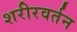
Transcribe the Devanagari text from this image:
शरीरवर्तन